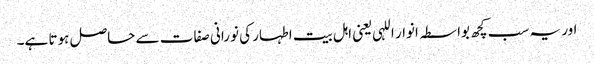
اور یہ سب کچھ بواسطہ انوار اللہی یعنی اہل بیت اطہار کی نورانی صفات سے حاصل ہوتا ہے۔